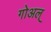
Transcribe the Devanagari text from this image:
गोअल्